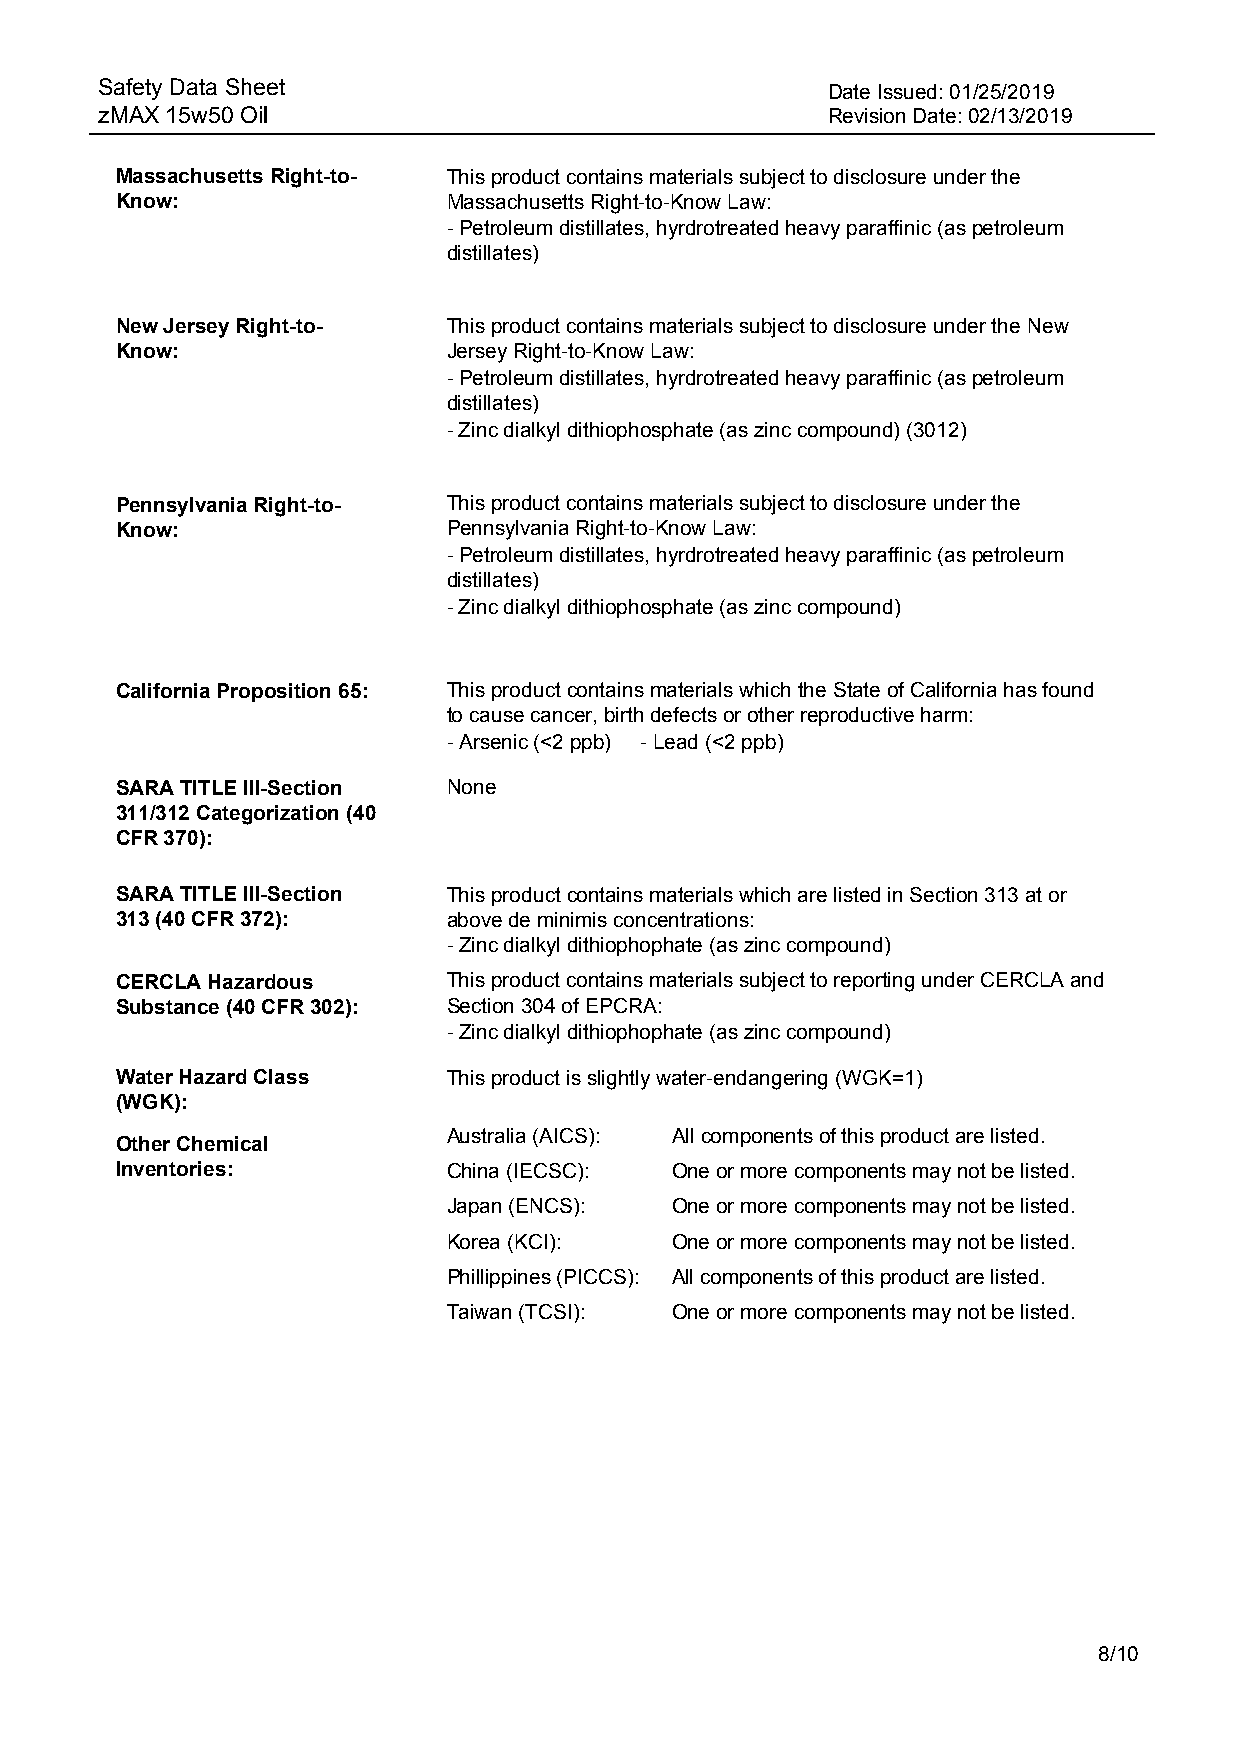
Safety Data Sheet                               Date Issued: 01/25/2019
 zMAX 15w50 Oil                                  Revision Date: 02/13/2019
 Massachusetts Right-to- This product contains materials subject to disclosure under the
 Know:                 Massachusetts Right-to-Know Law:
 - Petroleum distillates, hyrdrotreated heavy paraffinic (as petroleum
 distillates)
 New Jersey Right-to-  This product contains materials subject to disclosure under the New
 Know:                 Jersey Right-to-Know Law:
 -Petroleum distillates, hyrdrotreated heavy paraffinic (as petroleum
 distillates)
 -Zinc dialkyl dithiophosphate (as zinc compound) (3012)
 Pennsylvania Right-to- This product contains materials subject to disclosure under the
 Know:                 Pennsylvania Right-to-Know Law:
 -Petroleum distillates, hyrdrotreated heavy paraffinic (as petroleum
 distillates)
 -Zinc dialkyl dithiophosphate (as zinc compound)
 California Proposition 65: This product contains materials which the State of California has found
 to cause cancer, birth defects or other reproductive harm:
 - Arsenic (<2 ppb) - Lead (<2 ppb)
 SARA TITLE III-Section None
 311/312 Categorization (40
 CFR 370):
 SARA TITLE III-Section This product contains materials which are listed in Section 313 at or
 313 (40 CFR 372):     above de minimis concentrations:
 - Zinc dialkyl dithiophophate (as zinc compound)
 CERCLA Hazardous      This product contains materials subject to reporting under CERCLA and
 Substance (40 CFR 302): Section 304 of EPCRA:
 - Zinc dialkyl dithiophophate (as zinc compound)
 Water Hazard Class    This product is slightly water-endangering (WGK=1)
 (WGK):
 Australia (AICS): All components of this product are listed.
 Other Chemical
 Inventories:          China (IECSC): One or more components may not be listed.
 Japan (ENCS): One or more components may not be listed.
 Korea (KCI):  One or more components may not be listed.
 Phillippines (PICCS): All components of this product are listed.
 Taiwan (TCSI): One or more components may not be listed.
 8/10